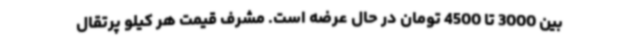
بین 3000 تا 4500 تومان در حال عرضه است. مشرف قیمت هر کیلو پرتقال